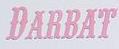
darbat